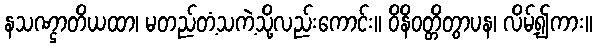
နသဏ္ဌာတိယထာ၊ မတည်တံ့သကဲ့သို့လည်းကောင်း။ ဝိနိဝတ္တိတွာပန၊ လိမ့်၍ကား။